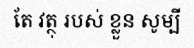
តែ វត្ថុ របស់ ខ្លួន សូម្បី